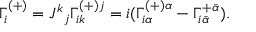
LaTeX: \Gamma _ { i } ^ { ( + ) } = J ^ { k } { } _ { j } \Gamma _ { i k } ^ { ( + ) j } = i ( \Gamma _ { i \alpha } ^ { ( + ) \alpha } - \Gamma _ { i \bar { \alpha } } ^ { + \bar { \alpha } } ) .